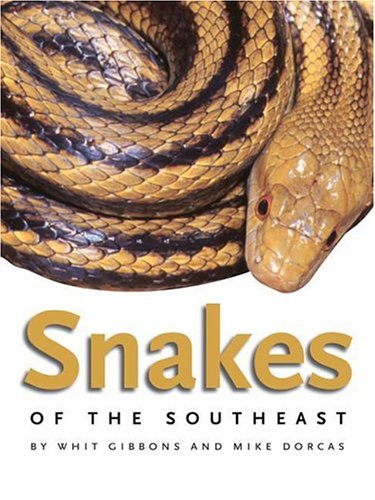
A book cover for Snakes of the Southeast (Wormsloe Foundation Nature Book); Mike Dorcas; Sports & Outdoors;